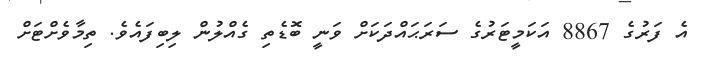
އެ ފަރުގެ 8867 އަކަމީޓަރުގެ ސަރަޙައްދަކަށް ވަނީ ބޮޑެތި ގެއްލުން ލިބިފައެވެ. ތިމާވެށްޓަށް